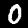
Label: 0